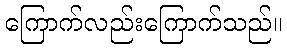
ကြောက်လည်းကြောက်သည်။